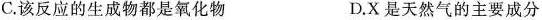
C.该反应的生成物都是氧化物 D.X是天然气的主要成分